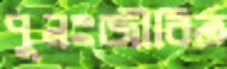
পুনঃজীবিত